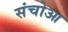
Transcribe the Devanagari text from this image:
संचोआ